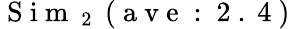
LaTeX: \mathrm{~S~i~m~}_{\mathrm{~2~}}\mathrm{~(~a~v~e~:~2~.~4~)~}